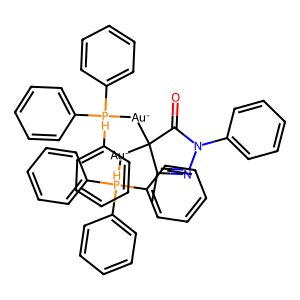
SMILES: CC1=NN(c2ccccc2)C(=O)C1([Au-][PH](c1ccccc1)(c1ccccc1)c1ccccc1)[Au-][PH](c1ccccc1)(c1ccccc1)c1ccccc1
Inhibits HIV replication: No